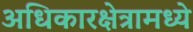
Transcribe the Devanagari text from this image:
अधिकारक्षेत्रामध्ये